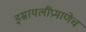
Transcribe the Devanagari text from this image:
इस्रायलींप्रमाणेच